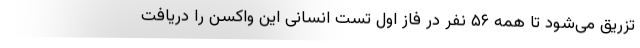
تزریق می‌شود تا همه ۵۶ نفر در فاز اول تست انسانی این واکسن را دریافت